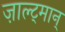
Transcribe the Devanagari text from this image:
ज़ाल्ट्मान्